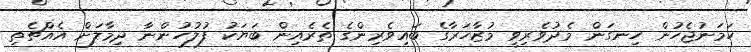
ހަމަނުޖެހުން ހިނގަން މެދުވެރިވީ މުޒާހަރާގެ ބައިވެރިންގެ ތެރެއިން ބަޔަކު ފުލުހުންނާ ދިމާލަށް އެއްޗެތި